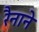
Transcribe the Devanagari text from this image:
रैनाने